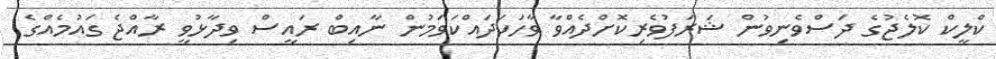
ކްލީކް ކޮލެޖުގެ ދަސްވެނިވުން ޝަރަފުވެރިކޮށްދެއްވާ ވާހަކަދައްކަވަަމުން ނާއިބް ރައީސް ވިދާޅުވީ ރާއްޖެ ގައުމެއްގެ